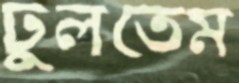
ঢুলতেম